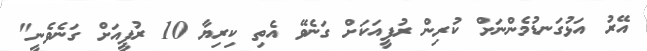
އޭރު އަޅުގަނޑުމެންނަށް ކުރިން ރުފީއަކަށް ގަނެވޭ އެތި ކިރިޔާ 10 ރުޕީއަށް ގަނެވެނީ"